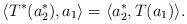
\begin{align*}\langle T^{*}(a^{*}_{2}),a_1\rangle = \langle a^{*}_{2},T (a_1)\rangle.\end{align*}